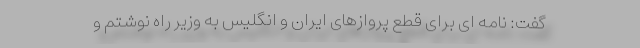
گفت: نامه ای برای قطع پروازهای ایران و انگلیس به وزیر راه نوشتم و